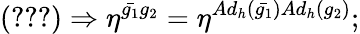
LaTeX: (\ref{metric})\Rightarrow\eta^{{\bar{g_{1}}}g_{2}}=\eta^{Ad_{h}({\bar{g_{1}}})Ad_{h}(g_{2})};